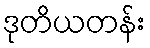
ဒုတိယတန်း